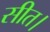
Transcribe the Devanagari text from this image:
सीत।